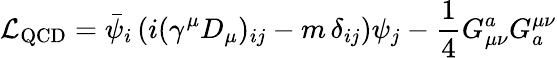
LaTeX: {\mathcal{L}}_{\mathrm{QCD}}={\bar{\psi}}_{i}\left(i(\gamma^{\mu}D_{\mu})_{ij}-m\, \delta_{ij}\right)\psi_{j}-{\frac{1}{4}}G_{\mu\nu}^{a}G_{a}^{\mu\nu}